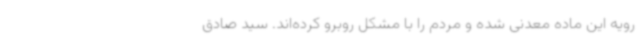
رویه این ماده معدنی شده و مردم را با مشکل روبرو کرده‌اند. سید صادق